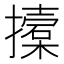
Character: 𢷌